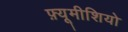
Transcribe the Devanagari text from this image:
फ़्यूमीशियो